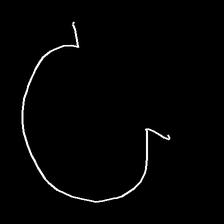
Glyph: weave